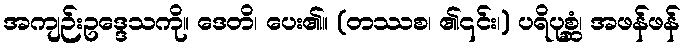
အကျဉ်းဥဒ္ဒေသကို။ ဒေတိ၊ ပေး၏။ (တဿစ၊ ၏၎င်း၊) ပရိပုစ္ဆံ၊ အဖန်ဖန်